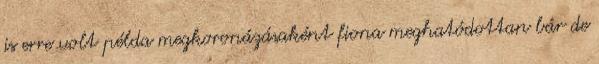
is erre volt példa megkoronázásaként fiona meghatódottan bár de